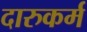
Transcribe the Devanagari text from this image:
दारुकर्म